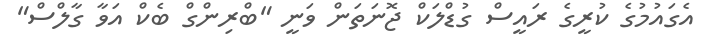
އެގައުމުގެ ކުރީގެ ރައީސް ގުޑްލަކް ޖޮނަތަން ވަނީ "ބްރިންގް ބެކް އަވާ ގާލްސް"